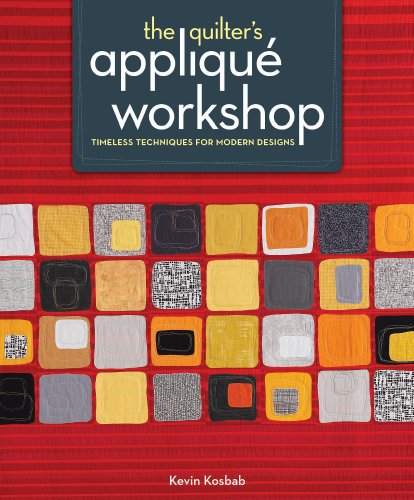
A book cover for The Quilter's Applique Workshop; Kevin Kosbab; Crafts, Hobbies & Home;